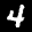
Label: 4